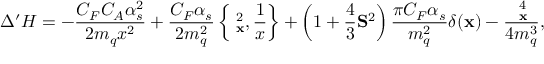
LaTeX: \Delta ^ { \prime } { \cal H } = - { \frac { C _ { F } C _ { A } \alpha _ { s } ^ { 2 } } { 2 m _ { q } x ^ { 2 } } } + { \frac { C _ { F } \alpha _ { s } } { 2 m _ { q } ^ { 2 } } } \left\{ { \bf \partial } _ { \bf x } ^ { 2 } , { \frac { 1 } { x } } \right\} + \left( 1 + { \frac { 4 } { 3 } } { \bf S } ^ { 2 } \right) { \frac { \pi C _ { F } \alpha _ { s } } { m _ { q } ^ { 2 } } } \delta ( { \bf x } ) - { \frac { { \bf \partial } _ { \bf x } ^ { 4 } } { 4 m _ { q } ^ { 3 } } } ,